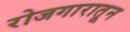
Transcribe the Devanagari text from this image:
रोजगारातून